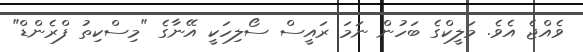
ވެއްޖެ އެވެ. މަލީކްގެ ބަހުން ނަމަ ރައީސް ސޯލިހަކީ އޭނާގެ "މިސްކިތު ފްރެންޑް"